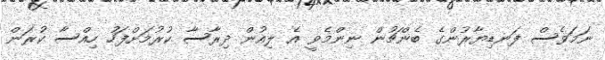
ނަމަވެސް ފަނޑިޔާރުންގެ ބެންޗުން ނިންމެވީ އެ ލިއުން ދިރާސާ ކުރުމަށްފަހު ހިއްސާ ކުރަން